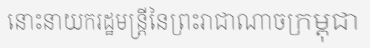
នោះនាយករដ្ឋមន្ត្រីនៃព្រះរាជាណាចក្រម្ពុជា